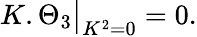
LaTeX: K.\Theta_{3}{\big|}_{K^{2}=0}=0.